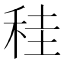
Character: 䅅